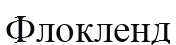
Флокленд